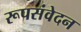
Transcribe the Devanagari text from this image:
रूपसंवेदन